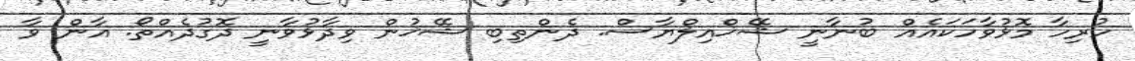
ހުރިހާ މޮޅުވާހަކައެއް ބުނާނީ ޝޭޚްއިލްޔާސް. ދެންތިބި ޝޭޚުން ވިދާޅުވާނީ ދޮގުދެއްތޯ. އާން ވާ